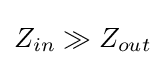
Z_{in}\gg Z_{out}